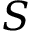
S